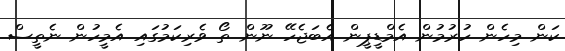
ކަން މިހެން ހުރުމުން އެމްޑީޕީން އެބަޖެހޭ ނޫން ތޯ ވެރިކަމުގައި އެމީހުން ނެތީސް